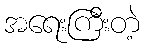
အရေးကြီးတဲ့